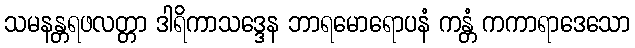
သမနန္တရဖလတ္တာ ဒါရိကာသဒ္ဒေန ဘာရမောရောပနံ ကန္တံ ကကာရာဒေသော